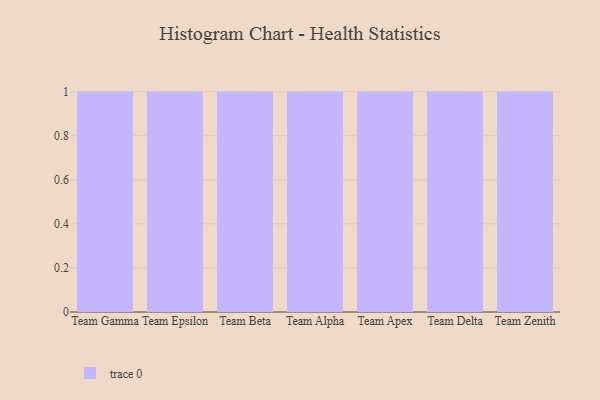
{"axis": {"x": "Team", "y": "Population (Million)"}, "legend": [""], "data": [{"x": "Team Gamma", "y": 45, "type": ""}, {"x": "Team Epsilon", "y": 96, "type": ""}, {"x": "Team Beta", "y": 2, "type": ""}, {"x": "Team Alpha", "y": 56, "type": ""}, {"x": "Team Apex", "y": 76, "type": ""}, {"x": "Team Delta", "y": 61, "type": ""}, {"x": "Team Zenith", "y": 16, "type": ""}]}